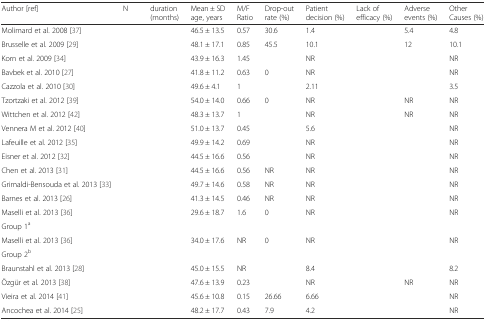
<table><thead><tr><td><b>Author [ref]</b></td><td><b>N</b></td><td><b>duration (months)</b></td><td><b>Mean ± SD age, years</b></td><td><b>M/F Ratio</b></td><td><b>Drop-out rate (%)</b></td><td><b>Patient decision (%)</b></td><td><b>Lack of efficacy (%)</b></td><td><b>Adverse events (%)</b></td><td><b>Other Causes (%)</b></td></tr></thead><tbody><tr><td>Molimard et al. 2008 [37]</td><td>[EMPTY_CELL]</td><td>[EMPTY_CELL]</td><td>46.5 ± 13.5</td><td>0.57</td><td>30.6</td><td>1.4</td><td>[EMPTY_CELL]</td><td>5.4</td><td>4.8</td></tr><tr><td>Brusselle et al. 2009 [29]</td><td>[EMPTY_CELL]</td><td>[EMPTY_CELL]</td><td>48.1 ± 17.1</td><td>0.85</td><td>45.5</td><td>10.1</td><td>[EMPTY_CELL]</td><td>12</td><td>10.1</td></tr><tr><td>Korn et al. 2009 [34]</td><td>[EMPTY_CELL]</td><td>[EMPTY_CELL]</td><td>43.9 ± 16.3</td><td>1.45</td><td>[EMPTY_CELL]</td><td>NR</td><td>[EMPTY_CELL]</td><td>[EMPTY_CELL]</td><td>NR</td></tr><tr><td>Bavbek et al. 2010 [27]</td><td>[EMPTY_CELL]</td><td>[EMPTY_CELL]</td><td>41.8 ± 11.2</td><td>0.63</td><td>0</td><td>NR</td><td>[EMPTY_CELL]</td><td>[EMPTY_CELL]</td><td>NR</td></tr><tr><td>Cazzola et al. 2010 [30]</td><td>[EMPTY_CELL]</td><td>[EMPTY_CELL]</td><td>49.6 ± 4.1</td><td>1</td><td>[EMPTY_CELL]</td><td>2.11</td><td>[EMPTY_CELL]</td><td>[EMPTY_CELL]</td><td>3.5</td></tr><tr><td>Tzortzaki et al. 2012 [39]</td><td>[EMPTY_CELL]</td><td>[EMPTY_CELL]</td><td>54.0 ± 14.0</td><td>0.66</td><td>0</td><td>NR</td><td>[EMPTY_CELL]</td><td>NR</td><td>NR</td></tr><tr><td>Wittchen et al. 2012 [42]</td><td>[EMPTY_CELL]</td><td>[EMPTY_CELL]</td><td>48.3 ± 13.7</td><td>1</td><td>[EMPTY_CELL]</td><td>NR</td><td>[EMPTY_CELL]</td><td>NR</td><td>NR</td></tr><tr><td>Vennera M et al. 2012 [40]</td><td>[EMPTY_CELL]</td><td>[EMPTY_CELL]</td><td>51.0 ± 13.7</td><td>0.45</td><td>[EMPTY_CELL]</td><td>5.6</td><td>[EMPTY_CELL]</td><td>[EMPTY_CELL]</td><td>NR</td></tr><tr><td>Lafeuille et al. 2012 [35]</td><td>[EMPTY_CELL]</td><td>[EMPTY_CELL]</td><td>49.9 ± 14.2</td><td>0.69</td><td>[EMPTY_CELL]</td><td>NR</td><td>[EMPTY_CELL]</td><td>[EMPTY_CELL]</td><td>NR</td></tr><tr><td>Eisner et al. 2012 [32]</td><td>[EMPTY_CELL]</td><td>[EMPTY_CELL]</td><td>44.5 ± 16.6</td><td>0.56</td><td>[EMPTY_CELL]</td><td>NR</td><td>[EMPTY_CELL]</td><td>[EMPTY_CELL]</td><td>NR</td></tr><tr><td>Chen et al. 2013 [31]</td><td>[EMPTY_CELL]</td><td>[EMPTY_CELL]</td><td>44.5 ± 16.6</td><td>0.56</td><td>NR</td><td>NR</td><td>[EMPTY_CELL]</td><td>[EMPTY_CELL]</td><td>NR</td></tr><tr><td>Grimaldi-Bensouda et al. 2013 [33]</td><td>[EMPTY_CELL]</td><td>[EMPTY_CELL]</td><td>49.7 ± 14.6</td><td>0.58</td><td>NR</td><td>NR</td><td>[EMPTY_CELL]</td><td>[EMPTY_CELL]</td><td>NR</td></tr><tr><td>Barnes et al. 2013 [26]</td><td>[EMPTY_CELL]</td><td>[EMPTY_CELL]</td><td>41.3 ± 14.5</td><td>0.46</td><td>NR</td><td>NR</td><td>[EMPTY_CELL]</td><td>[EMPTY_CELL]</td><td>NR</td></tr><tr><td>Maselli et al. 2013 [36]</td><td rowspan="2">[EMPTY_CELL]</td><td rowspan="2">[EMPTY_CELL]</td><td rowspan="2">29.6 ± 18.7</td><td rowspan="2">1.6</td><td rowspan="2">0</td><td rowspan="2">NR</td><td rowspan="2">[EMPTY_CELL]</td><td rowspan="2">[EMPTY_CELL]</td><td rowspan="2">NR</td></tr><tr><td>Group 1<sup>a</sup></td></tr><tr><td>Maselli et al. 2013 [36]</td><td rowspan="2">[EMPTY_CELL]</td><td rowspan="2">[EMPTY_CELL]</td><td rowspan="2">34.0 ± 17.6</td><td rowspan="2">NR</td><td rowspan="2">0</td><td rowspan="2">NR</td><td rowspan="2">[EMPTY_CELL]</td><td rowspan="2">[EMPTY_CELL]</td><td rowspan="2">NR</td></tr><tr><td>Group 2<sup>b</sup></td></tr><tr><td>Braunstahl et al. 2013 [28]</td><td>[EMPTY_CELL]</td><td>[EMPTY_CELL]</td><td>45.0 ± 15.5</td><td>NR</td><td>[EMPTY_CELL]</td><td>8.4</td><td>[EMPTY_CELL]</td><td>[EMPTY_CELL]</td><td>8.2</td></tr><tr><td>Özgür et al. 2013 [38]</td><td>[EMPTY_CELL]</td><td>[EMPTY_CELL]</td><td>47.6 ± 13.9</td><td>0.23</td><td>[EMPTY_CELL]</td><td>NR</td><td>[EMPTY_CELL]</td><td>NR</td><td>NR</td></tr><tr><td>Vieira et al. 2014 [41]</td><td>[EMPTY_CELL]</td><td>[EMPTY_CELL]</td><td>45.6 ± 10.8</td><td>0.15</td><td>26.66</td><td>6.66</td><td>[EMPTY_CELL]</td><td>[EMPTY_CELL]</td><td>NR</td></tr><tr><td>Ancochea et al. 2014 [25]</td><td>[EMPTY_CELL]</td><td>[EMPTY_CELL]</td><td>48.2 ± 17.7</td><td>0.43</td><td>7.9</td><td>4.2</td><td>[EMPTY_CELL]</td><td>[EMPTY_CELL]</td><td>NR</td></tr></tbody></table>